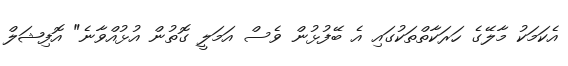
އެކަމަކު މާލޭގެ ހަރަކާތްތަކުގައި އެ ބޭފުޅުން ވެސް އަމަލީ ގޮތުން އުޅުއްވާނެ" އޮފިޝަލް